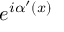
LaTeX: e ^ { i \alpha ^ { \prime } ( x ) }